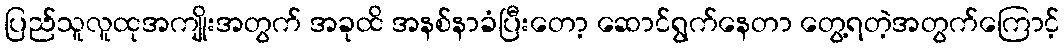
ပြည်သူလူထုအကျိုးအတွက် အခုထိ အနစ်နာခံပြီးတော့ ဆောင်ရွက်နေတာ တွေ့ရတဲ့အတွက်ကြောင့်